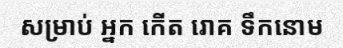
សម្រាប់ អ្នក កើត រោគ ទឹកនោម